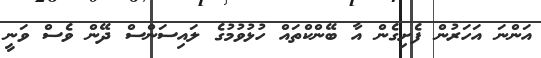
އަންނަ އަހަރުން ފެށިގެން އާ ބޭންކްތައް ހުޅުވުމުގެ ލައިސަންސް ދޭން ވެސް ވަނީ